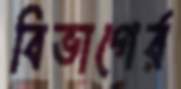
বিভাগের্র